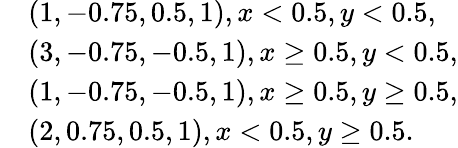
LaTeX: \begin{array}{rl}&{\left(1,-0.75,0.5,1\right),x<0.5,y<0.5,}\\ &{\left(3,-0.75,-0.5,1\right),x\ge 0.5,y<0.5,}\\ &{\left(1,-0.75,-0.5,1\right),x\ge 0.5,y\ge 0.5,}\\ &{\left(2,0.75,0.5,1\right),x<0.5,y\ge 0.5.}\end{array}